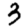
Digit: 3